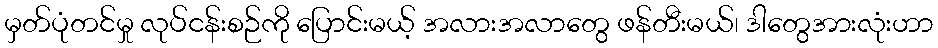
မှတ်ပုံတင်မှု လုပ်ငန်းစဉ်ကို ပြောင်းမယ့် အလားအလာတွေ ဖန်တီးမယ်၊ ဒါတွေအားလုံးဟာ